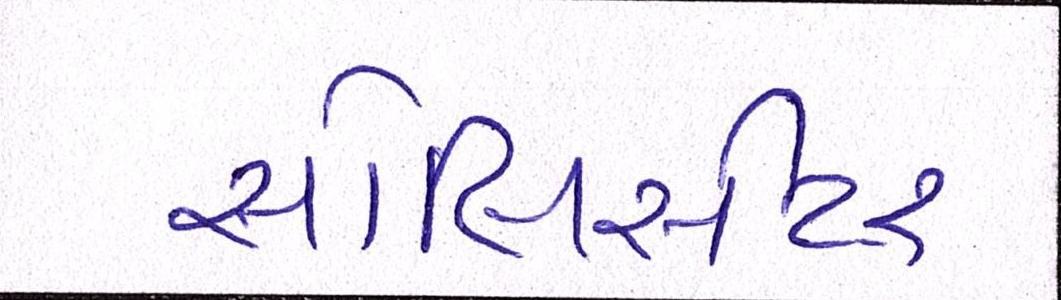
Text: સોલિસીટર